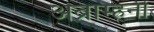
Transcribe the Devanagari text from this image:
अब्राम्हनी